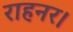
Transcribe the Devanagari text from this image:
राहनर।